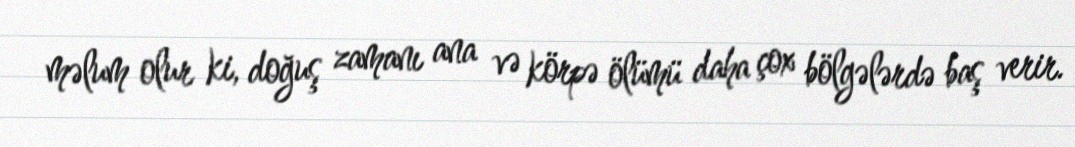
məlum olur ki, doğuş zamanı ana və körpə ölümü daha çox bölgələrdə baş verir.